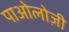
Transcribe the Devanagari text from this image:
पाओलोज़ी